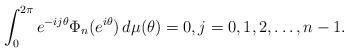
LaTeX: \begin{align*} \int_{0}^{2\pi} e^{-ij\theta} \Phi_n (e^{i\theta}) \, d\mu(\theta) =0, j=0,1,2,\dots, n-1.\end{align*}